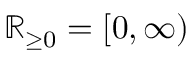
\mathbb { R } _ { \geq 0 } = [ 0 , \infty )